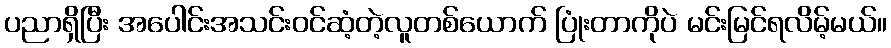
ပညာရှိပြီး အပေါင်းအသင်းဝင်ဆံ့တဲ့လူတစ်ယောက် ပြုံးတာကိုပဲ မင်းမြင်ရလိမ့်မယ်။